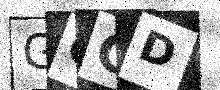
Text: GGGD